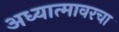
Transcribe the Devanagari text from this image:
अध्यात्मावरचा